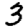
Digit: 3